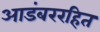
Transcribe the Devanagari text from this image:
आडंबररहित